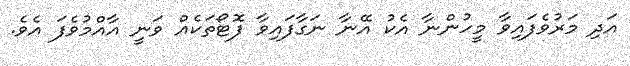
އަދި މަރުވެފައިވާ މީހުންނާ އެކު އޭނާ ނަގާފައިވާ ފޮޓޯތަކެއް ވަނީ އާއްމުވެފަ އެވެ.